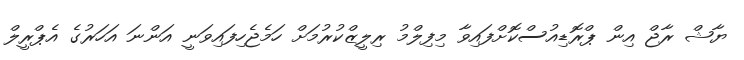
ޔާޝް ރާޖް އިން ޕްރޮޑިއުސްކޮށްފައިވާ މިފިލްމު ރިލީޒްކުރުމަށް ހަމެޖެހިފައިވަނީ އަންނަ އަހަރުގެ އެޕްރީލް